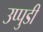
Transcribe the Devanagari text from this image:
उप्पुडी